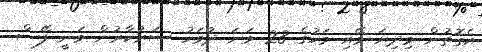
އެގޮތުން މިދިޔަ މޭއި މަހުގެ 28 ވަނަ ދުވަހު ސަރުކާރުން ވަނީ ފޭސް